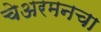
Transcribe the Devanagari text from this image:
चेअरमनचा